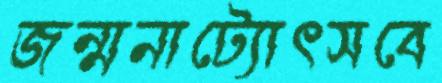
জন্মনাট্যোৎসবে